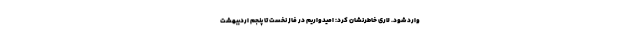
وارد شود. لاری خاطرنشان کرد: امیدواریم در فاز نخست تا پنجم اردیبهشت